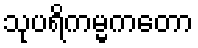
သုပရိကမ္မကတော